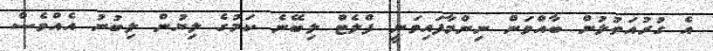
އެ ގުރުއަތުލުން ބާއްވަން ނިންމާފައިވަނީ ފްލެޓް ލިބޭނެ ކަމުގެ ލިޔުން ލިބުނު އެއްވެސް